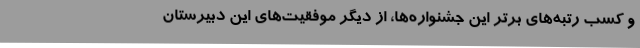
و کسب رتبه‌های برتر این جشنواره‌ها، از دیگر موفقیت‌های این دبیرستان